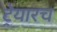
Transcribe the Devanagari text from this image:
ट्रेयारच